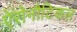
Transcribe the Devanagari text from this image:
ऐरोनौटिकल